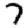
Digit: 7